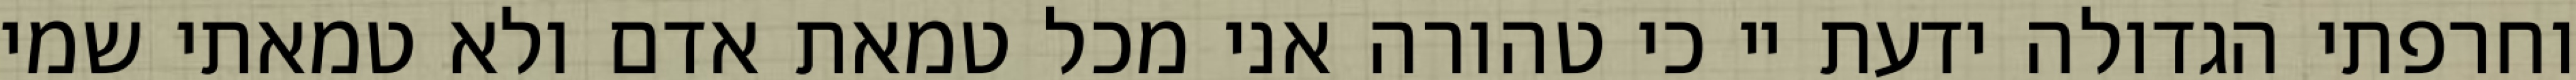
וחרפתי הגדולה ידעת יי כי טהורה אני מכל טמאת אדם ולא טמאתי שמי